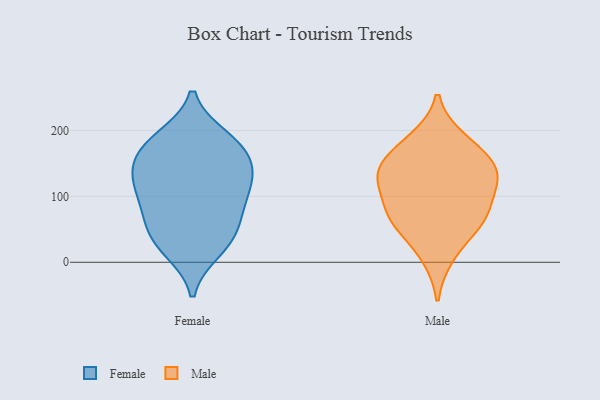
{"axis": {"x": "Inventory Turnover", "y": "Value"}, "legend": ["Female", "Male"], "data": [{"x": "", "y": 23, "type": "Female"}, {"x": "", "y": 129, "type": "Female"}, {"x": "", "y": 175, "type": "Female"}, {"x": "", "y": 49, "type": "Female"}, {"x": "", "y": 18, "type": "Female"}, {"x": "", "y": 187, "type": "Female"}, {"x": "", "y": 117, "type": "Female"}, {"x": "", "y": 146, "type": "Female"}, {"x": "", "y": 143, "type": "Female"}, {"x": "", "y": 120, "type": "Female"}, {"x": "", "y": 96, "type": "Female"}, {"x": "", "y": 83, "type": "Female"}, {"x": "", "y": 189, "type": "Female"}, {"x": "", "y": 70, "type": "Female"}, {"x": "", "y": 170, "type": "Female"}, {"x": "", "y": 43, "type": "Female"}, {"x": "", "y": 62, "type": "Male"}, {"x": "", "y": 10, "type": "Male"}, {"x": "", "y": 133, "type": "Male"}, {"x": "", "y": 147, "type": "Male"}, {"x": "", "y": 76, "type": "Male"}, {"x": "", "y": 76, "type": "Male"}, {"x": "", "y": 121, "type": "Male"}, {"x": "", "y": 141, "type": "Male"}, {"x": "", "y": 186, "type": "Male"}, {"x": "", "y": 57, "type": "Male"}, {"x": "", "y": 121, "type": "Male"}, {"x": "", "y": 175, "type": "Male"}]}